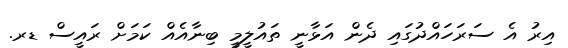
އިރު އެ ސަރަހައްދުގައި ދެން އަޅާނީ ތައުލީމީ ބިނާއެއް ކަމަށް ރައީސް ޑރ.